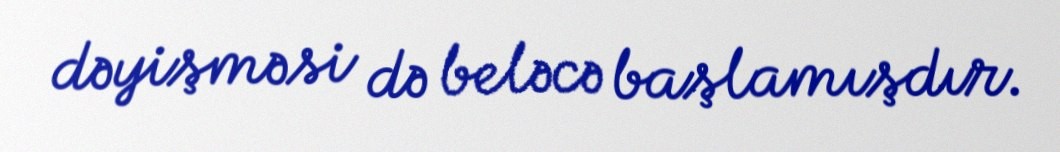
dəyişməsi də beləcə başlamışdır.